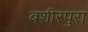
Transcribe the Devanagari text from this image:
बशीरपुरा